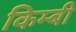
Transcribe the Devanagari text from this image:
किम्बी